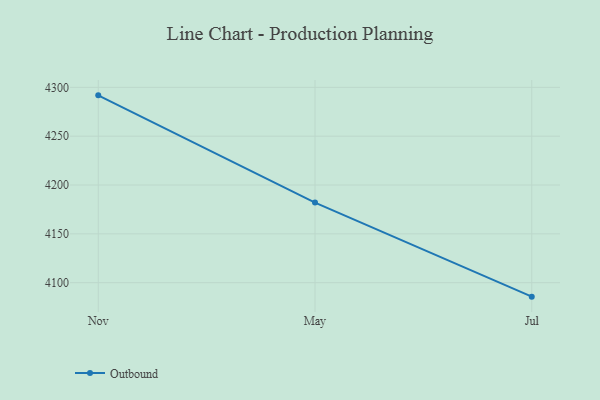
{"axis": {"x": "Month", "y": "Temperature (°C)"}, "legend": ["Outbound"], "data": [{"x": "Nov", "y": 4291.8, "type": "Outbound"}, {"x": "May", "y": 4182.0, "type": "Outbound"}, {"x": "Jul", "y": 4085.7, "type": "Outbound"}]}